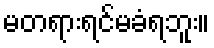
မတရားရင်မခံရဘူး။